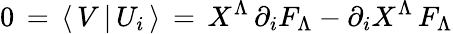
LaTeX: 0\, =\, \langle\, V\, \vert\, U_{i}\, \rangle\, =\, X^{\Lambda}\, \partial_{i}F_{\Lambda}-\partial_{i}X^{\Lambda}\, F_{\Lambda}